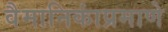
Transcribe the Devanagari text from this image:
वैमानिकांप्रमाणे